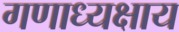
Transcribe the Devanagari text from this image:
गणाध्यक्षाय